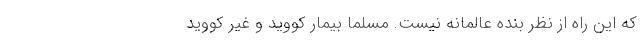
که این راه از نظر بنده عالمانه‌ نیست. مسلما بیمار کووید و غیر کووید